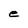
Character: e